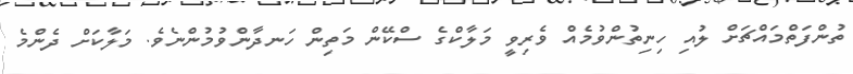
ތުންފަތްމައްޗަށް ލުއި ހިނިތުންވުމެއް ވެރިވީ މަލާކްގެ ސްކޭން މަތިން ހަނދާންވުމުންނެވެ. މަލާކަށް ދެންމެ